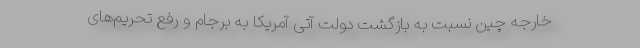
خارجه چین نسبت به بازگشت دولت آتی آمریکا به برجام و رفع تحریم‌های